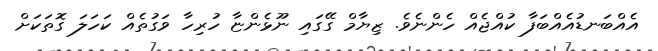
އެއްބަނޑުއެއްބަފާ ކުއްޖެއް ހެންނެވެ. ޒިޔާމް ގޭގައި ނޫޅެންޏާ ހުރިހާ ވަގުތެއް ކަހަލަ ގޮތަކަށް